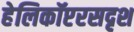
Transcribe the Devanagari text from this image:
हेलिकॉप्टरसदृश